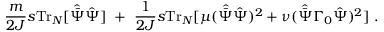
\frac { m } { 2 J } s \mathrm { T r } _ { N } [ { \hat { \bar { \Psi } } } { \hat { \Psi } } ] \ + \ \frac { 1 } { 2 J } s \mathrm { T r } _ { N } [ \mu ( { \hat { \bar { \Psi } } } { \hat { \Psi } } ) ^ { 2 } + \nu ( { \hat { \bar { \Psi } } } \Gamma _ { 0 } { \hat { \Psi } } ) ^ { 2 } ] \ .